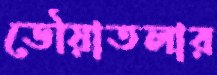
ডৌয়াতলার